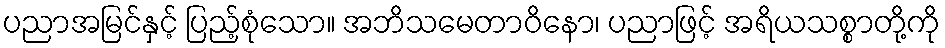
ပညာအမြင်နှင့် ပြည့်စုံသော။ အဘိသမေတာဝိနော၊ ပညာဖြင့် အရိယသစ္စာတို့ကို